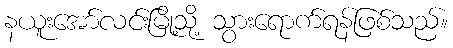
နယူးအော်လင်းမြို့သို့ သွားရောက်ရန်ဖြစ်သည်။